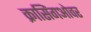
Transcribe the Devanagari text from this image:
क्रासिंगओवर